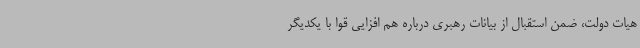
هیات دولت، ضمن استقبال از بیانات رهبری درباره هم افزایی قوا با یکدیگر